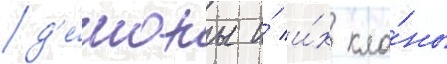
д'е́моны и́ и́х кла́ны